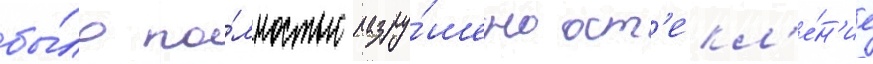
бы́ло по́лностью разру́шено ост'екл'е́н'ие